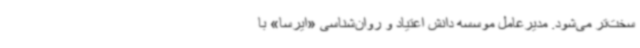
سخت‌تر می‌شود. مدیرعامل موسسه دانش اعتیاد و روان‌شناسی «ایرسا» با